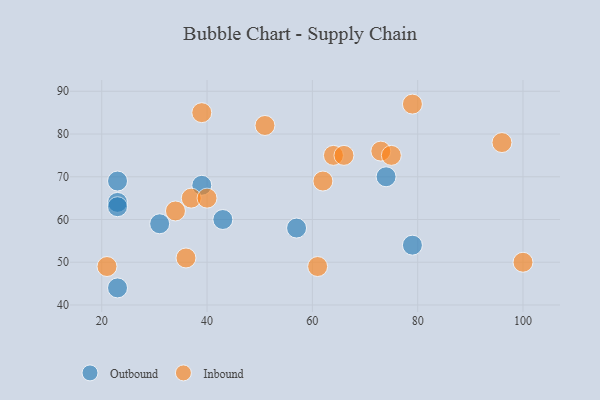
{"axis": {"x": "GDP", "y": "Life Expectancy"}, "legend": ["Inbound", "Outbound"], "data": [{"x": "43", "y": 60, "type": "Outbound"}, {"x": "79", "y": 54, "type": "Outbound"}, {"x": "31", "y": 59, "type": "Outbound"}, {"x": "57", "y": 58, "type": "Outbound"}, {"x": "39", "y": 68, "type": "Outbound"}, {"x": "23", "y": 44, "type": "Outbound"}, {"x": "74", "y": 70, "type": "Outbound"}, {"x": "23", "y": 69, "type": "Outbound"}, {"x": "23", "y": 64, "type": "Outbound"}, {"x": "23", "y": 63, "type": "Outbound"}, {"x": "37", "y": 65, "type": "Inbound"}, {"x": "51", "y": 82, "type": "Inbound"}, {"x": "73", "y": 76, "type": "Inbound"}, {"x": "79", "y": 87, "type": "Inbound"}, {"x": "40", "y": 65, "type": "Inbound"}, {"x": "64", "y": 75, "type": "Inbound"}, {"x": "100", "y": 50, "type": "Inbound"}, {"x": "96", "y": 78, "type": "Inbound"}, {"x": "36", "y": 51, "type": "Inbound"}, {"x": "39", "y": 85, "type": "Inbound"}, {"x": "66", "y": 75, "type": "Inbound"}, {"x": "34", "y": 62, "type": "Inbound"}, {"x": "21", "y": 49, "type": "Inbound"}, {"x": "62", "y": 69, "type": "Inbound"}, {"x": "61", "y": 49, "type": "Inbound"}, {"x": "75", "y": 75, "type": "Inbound"}]}